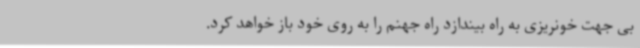
بی جهت خونریزی به راه بیندازد راه جهنم را به روی خود باز خواهد کرد.